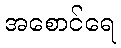
အစောင်ရေ